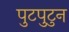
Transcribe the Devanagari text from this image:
पुटपुटुन